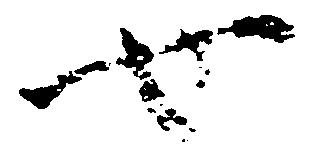
也